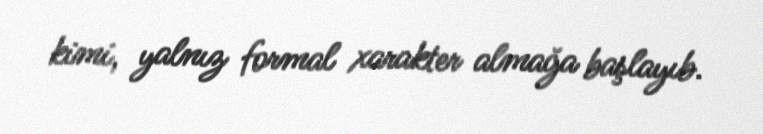
kimi, yalnız formal xarakter almağa başlayıb.